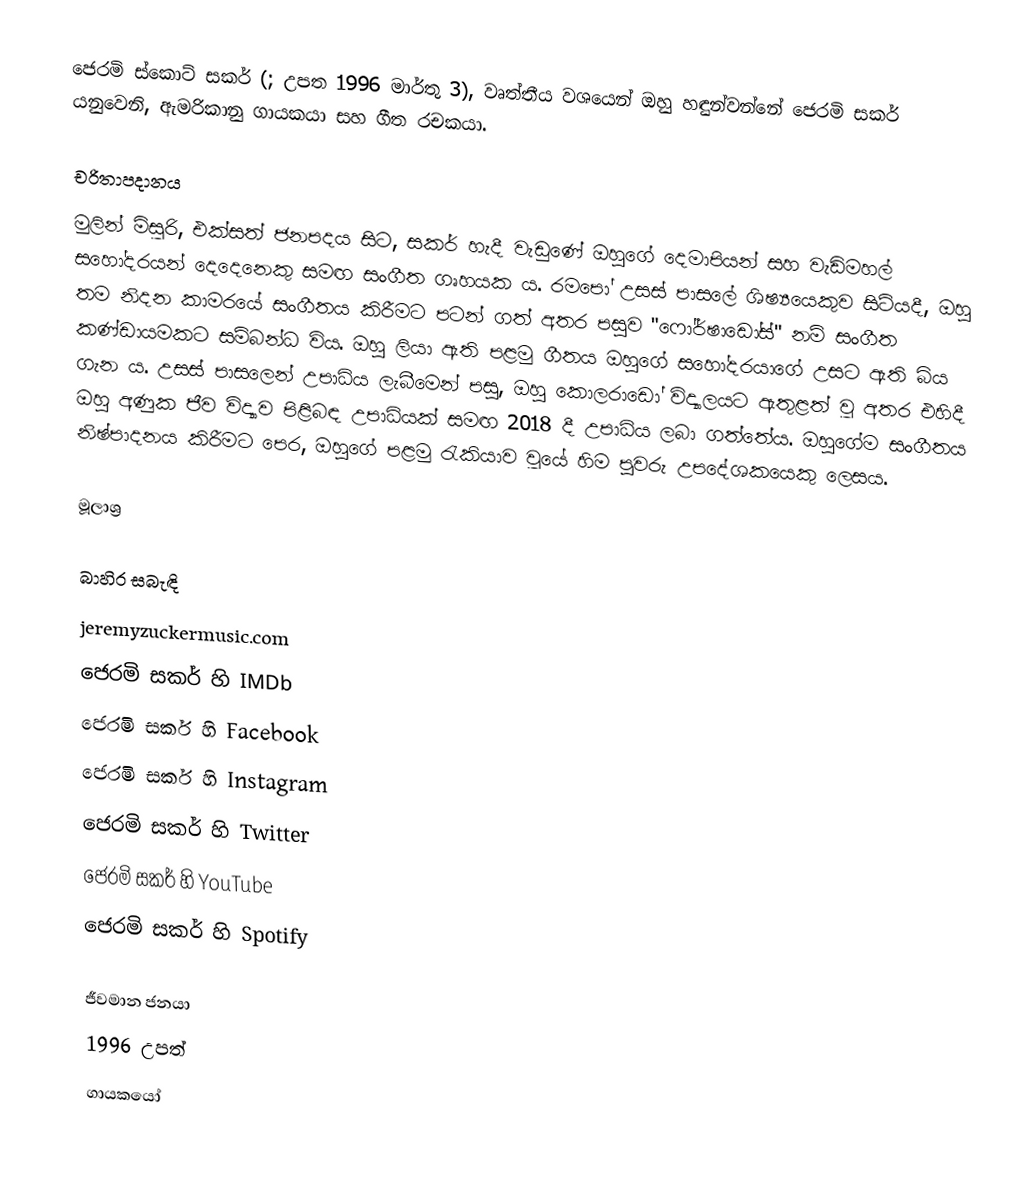
ජෙරමි ස්කොට් සකර් (; උපත 1996 මාර්තු 3), වෘත්තීය වශයෙන් ඔහු හඳුන්වන්නේ ජෙරමි සකර් යනුවෙනි, ඇමරිකානු ගායකයා සහ ගීත රචකයා.

චරිතාපදානය
මුලින් මිසූරි, එක්සත් ජනපදය සිට, සකර් හැදී වැඩුණේ ඔහුගේ දෙමාපියන් සහ වැඩිමහල් සහෝදරයන් දෙදෙනෙකු සමඟ සංගීත ගෘහයක ය. රමපෝ උසස් පාසලේ ශිෂ්‍යයෙකුව සිටියදී, ඔහු තම නිදන කාමරයේ සංගීතය කිරීමට පටන් ගත් අතර පසුව "ෆෝර්ෂාඩෝස්" නම් සංගීත කණ්ඩායමකට සම්බන්ධ විය. ඔහු ලියා ඇති පළමු ගීතය ඔහුගේ සහෝදරයාගේ උසට ඇති බිය ගැන ය. උසස් පාසලෙන් උපාධිය ලැබීමෙන් පසු, ඔහු කොලරාඩෝ විද්‍යාලයට ඇතුළත් වූ අතර එහිදී ඔහු අණුක ජීව විද්‍යාව පිළිබඳ උපාධියක් සමඟ 2018 දී උපාධිය ලබා ගත්තේය. ඔහුගේම සංගීතය නිෂ්පාදනය කිරීමට පෙර, ඔහුගේ පළමු රැකියාව වූයේ හිම පුවරු උපදේශකයෙකු ලෙසය.

මූලාශ්‍ර

බාහිර සබැඳි
jeremyzuckermusic.com
ජෙරමි සකර් හි IMDb
ජෙරමි සකර් හි Facebook
ජෙරමි සකර් හි Instagram
ජෙරමි සකර් හි Twitter
ජෙරමි සකර් හි YouTube
ජෙරමි සකර් හි Spotify

ජීවමාන ජනයා
1996 උපත්
ගායකයෝ